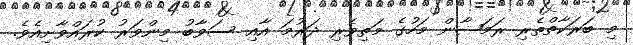
މި ބަރަކާތްތެރި ރަމަޟާން މަހުގެ މަތިވެރި ދަރުމަ އާއި ސަވާބު މިންވަރު ކުރައްވާށިއެވެ.